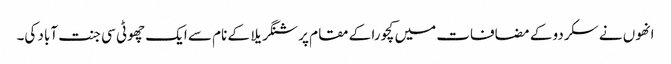
انھوں نے سکردو کے مضافات میں کچورا کے مقام پر شنگریلا کے نام سے ایک چھوٹی سی جنت آباد کی۔